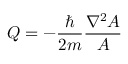
Q = - \frac { \hbar } { 2 m } \frac { \nabla ^ { 2 } A } { A }